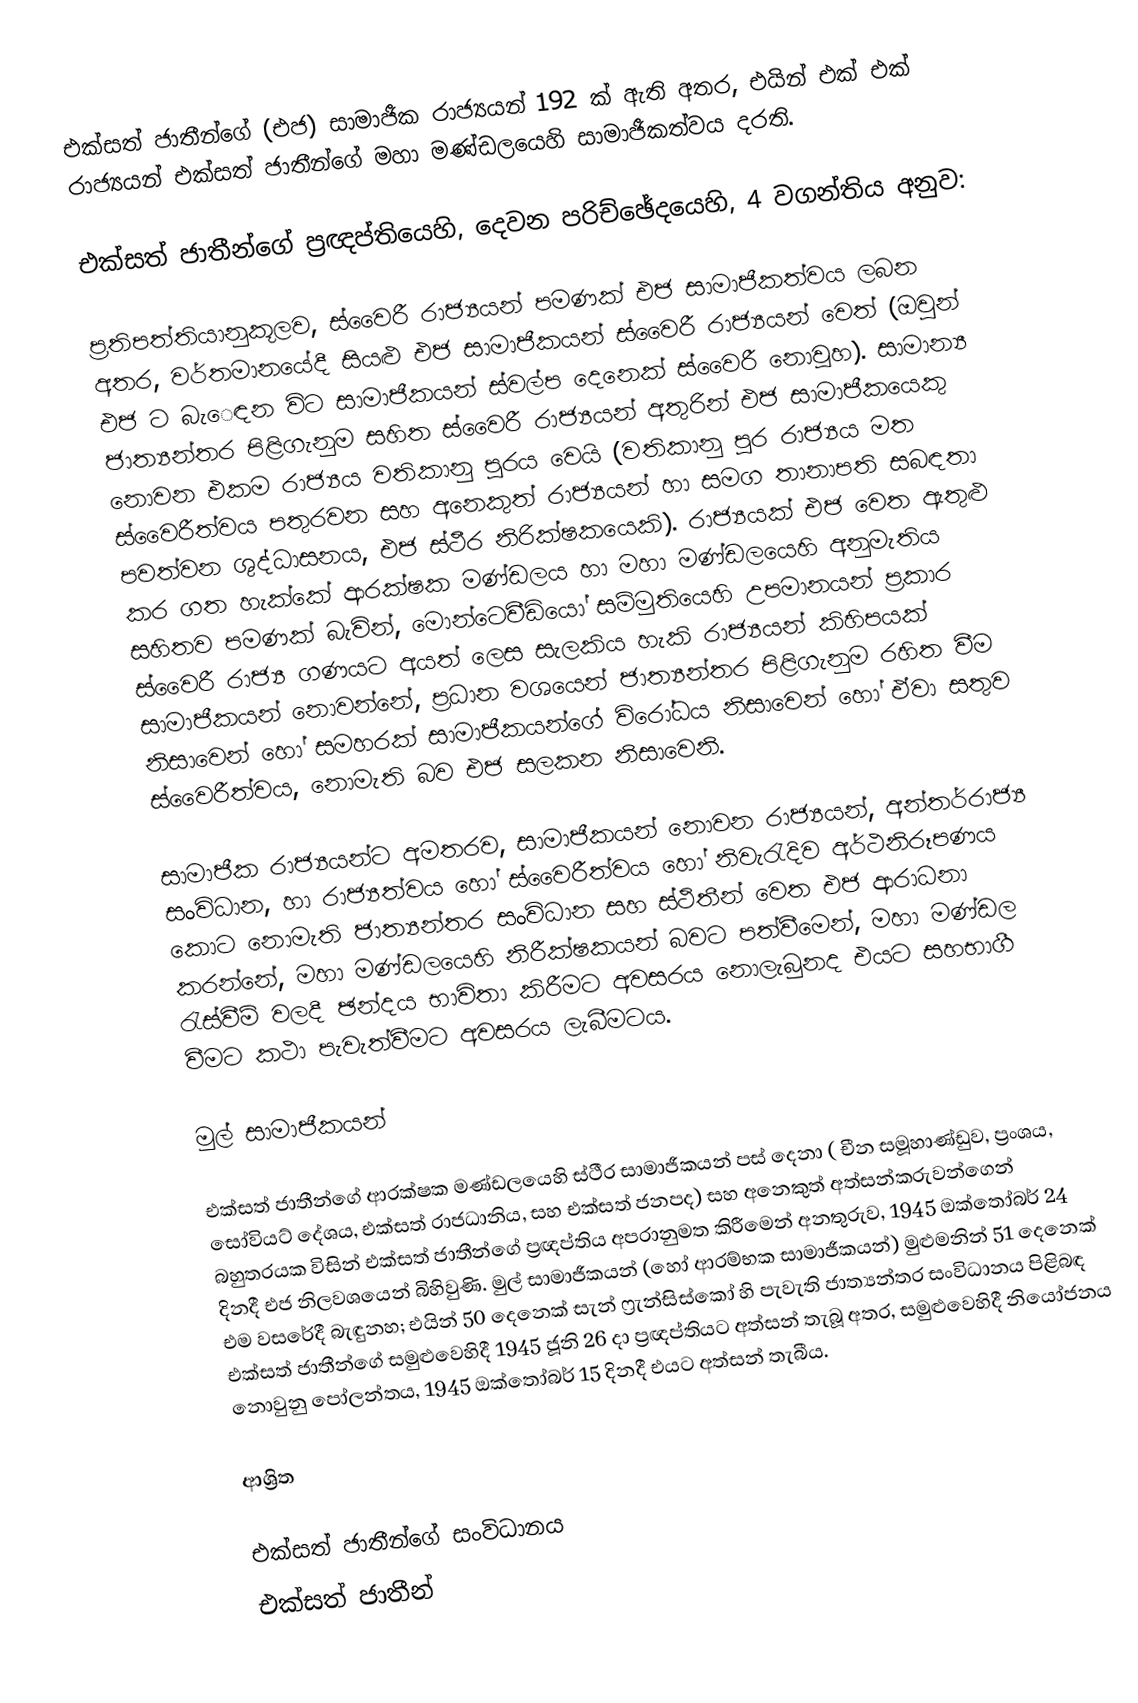
එක්සත් ජාතීන්ගේ  (එජ) සාමාජීක රාජ්‍යයන් 192 ක් ඇති අතර, එයින් එක් එක් රාජ්‍යයන් එක්සත් ජාතීන්ගේ මහා මණ්ඩලයෙහි සාමාජීකත්වය දරති.

එක්සත් ජාතීන්ගේ ප්‍රඥප්තියෙහි, දෙවන පරිච්ඡේදයෙහි, 4 වගන්තිය අනුව:

ප්‍රතිපත්තියානුකූලව, ස්වෛරී රාජ්‍යයන් පමණක් එජ සාමාජීකත්වය ලබන අතර, වර්තමානයේදී සියළු එජ සාමාජීකයන් ස්වෛරී රාජ්‍යයන් වෙත් (ඔවුන් එජ ට බැ‍ෙඳන විට සාමාජීකයන් ස්වල්ප දෙනෙක් ස්වෛරී නොවූහ). සාමාන්‍ය ජාත්‍යන්තර පිළිගැනුම සහිත ස්වෛරී රාජ්‍යයන් අතුරින් එජ සාමාජීකයෙකු නොවන එකම රාජ්‍යය වතිකානු පුරය වෙයි (වතිකානු පුර රාජ්‍යය  මත ස්වෛරීත්වය පතුරවන සහ අනෙකුත් රාජ්‍යයන් හා සමග තානාපති සබඳතා පවත්වන ශුද්ධාසනය,  එජ ස්ථීර නිරික්ෂකයෙකි). රාජ්‍යයක් එජ වෙත ඇතුළු කර ගත හැක්කේ ආරක්ෂක මණ්ඩලය හා මහා මණ්ඩලයෙහි අනුමැතිය සහිතව පමණක් බැවින්,  මොන්ටෙවීඩියෝ  සම්මුතියෙහි උපමානයන් ප්‍රකාර  ස්වෛරී රාජ්‍ය ගණයට අයත් ලෙස සැලකිය හැකි රාජ්‍යයන් කිහිපයක් සාමාජීකයන් නොවන්නේ, ප්‍රධාන වශයෙන් ජාත්‍යන්තර පිළිගැනුම රහිත වීම නිසාවෙන් හෝ  සමහරක් සාමාජීකයන්ගේ විරෝධය නිසාවෙන් හෝ ඒවා සතුව ස්වෛරීත්වය, නොමැති බව එජ සලකන නිසාවෙනි.

සාමාජීක රාජ්‍යයන්ට අමතරව, සාමාජීකයන් නොවන රාජ්‍යයන්, අන්තර්රාජ්‍ය සංවිධාන, හා රාජ්‍යත්වය හෝ ස්වෛරීත්වය හෝ නිවැරැදිව අර්ථනිරූපණය කොට නොමැති ජාත්‍යන්තර සංවිධාන සහ ස්ථිතීන් වෙත එජ ආරාධනා කරන්නේ, මහා මණ්ඩලයෙහි නිරීක්ෂකයන් බවට පත්වීමෙන්, මහා මණ්ඩල රැස්වීම් වලදී  ඡන්දය භාවිතා කිරීමට අවසරය නොලැබුනද එයට සහභාගී වීමට කථා පැවැත්වීමට අවසරය ලැබීමටය.

මුල් සාමාජීකයන්

එක්සත් ජාතීන්ගේ ආරක්ෂක මණ්ඩලයෙහි ස්ථීර සාමාජීකයන් පස් දෙනා ( චීන සමූහාණ්ඩුව, ප්‍රංශය, සෝවියට් දේශය, එක්සත් රාජධානිය, සහ එක්සත් ජනපද) සහ අනෙකුත් අත්සන්කරුවන්ගෙන් බහුතරයක විසින් එක්සත් ජාතීන්ගේ ප්‍රඥප්තිය අපරානුමත කිරීමෙන් අනතුරුව, 1945 ඔක්තෝබර් 24 දිනදී එජ නිලවශයෙන් බිහිවුණි. මුල් සාමාජීකයන් (හෝ ආරම්භක සාමාජීකයන්) මුළුමනින් 51 දෙනෙක් එම වසරේදී බැඳුනහ; එයින් 50 දෙනෙක්  සැන් ෆ්‍රැන්සිස්කෝ හි පැවැති   ජාත්‍යන්තර සංවිධානය පිළිබඳ එක්සත් ජාතීන්ගේ සමුළුවෙහිදී  1945 ජූනි 26 දා ප්‍රඥප්තියට අත්සන් තැබූ අතර, සමුළුවෙහිදී නියෝජනය නොවුනු පෝලන්තය, 1945 ඔක්තෝබර් 15 දිනදී එයට අත්සන් තැබීය.

ආශ්‍රිත

එක්සත් ජාතීන්ගේ සංවිධානය
එක්සත් ජාතීන්